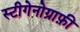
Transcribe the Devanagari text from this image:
स्टीगेनोग्राफ़ी